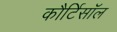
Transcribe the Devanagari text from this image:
कौर्टिसॉल